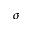
\sigma